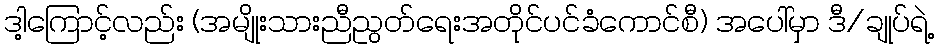
ဒါ့ကြောင့်လည်း (အမျိုးသားညီညွတ်ရေးအတိုင်ပင်ခံကောင်စီ) အပေါ်မှာ ဒီ/ချုပ်ရဲ့